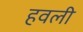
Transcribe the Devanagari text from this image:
हवली